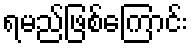
ရမည်ဖြစ်ကြောင်း